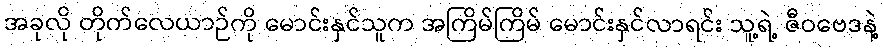
အခုလို တိုက်လေယာဉ်ကို မောင်းနှင်သူက အကြိမ်ကြိမ် မောင်းနှင်လာရင်း သူ့ရဲ့ ဇီဝဗေဒနဲ့